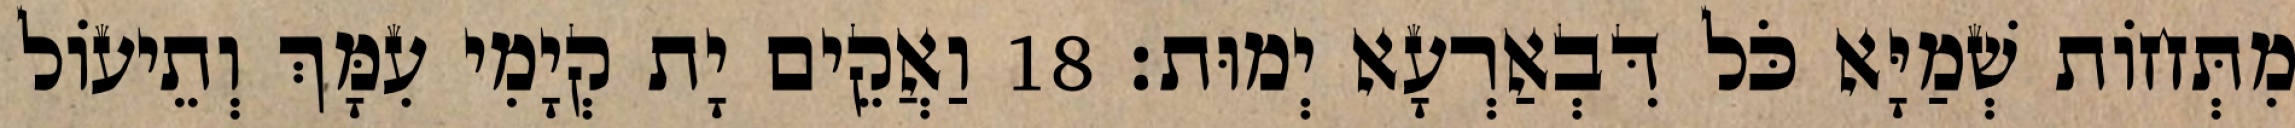
מִתְּחוֹת שְׁמַיָּא כֹּל דִּבְאַרְעָא יְמוּת׃ 18 וַאֲקֵים יָת קְיָמִי עִמָּךְ וְתֵיעוֹל